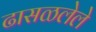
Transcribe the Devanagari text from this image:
ढासळलेले